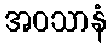
အဝသာနံ